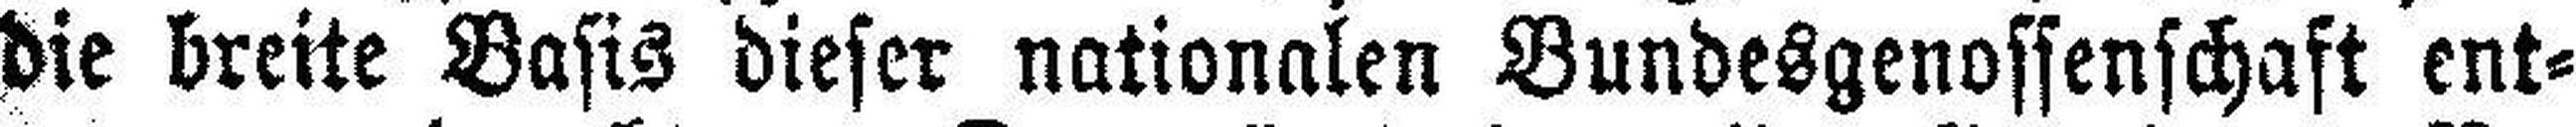
die breite Basis dieser nationalen Bundesgenossenschaft ent¬